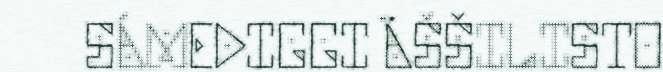
SÁMEDIGGI ÄŠŠILISTO